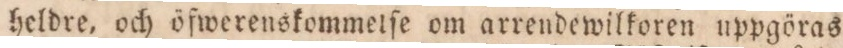
heldre, och öfwerenskommelſe om arrendewilkoren uppgöras